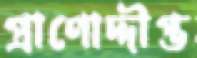
প্রাণোদ্দীপ্ত